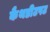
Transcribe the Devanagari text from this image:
कैथडीटपट